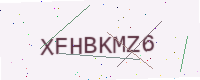
Text: XFHBKMZ6